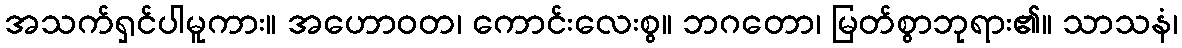
အသက်ရှင်ပါမူကား။ အဟောဝတ၊ ကောင်းလေးစွ။ ဘဂတော၊ မြတ်စွာဘုရား၏။ သာသနံ၊